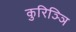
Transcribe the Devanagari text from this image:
कुरिञ्ञि